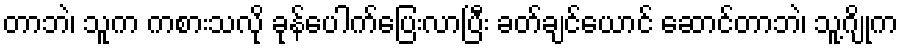
တာဘဲ၊ သူက ကစားသလို ခုန်ပေါက်ပြေးလာပြီး ခတ်ချင်ယောင် ဆောင်တာဘဲ၊ သူ့ဂျိုက